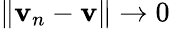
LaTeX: \left\| \mathbf{v}_{n}-\mathbf{v}\right\| \rightarrow0